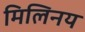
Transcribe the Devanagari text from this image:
मिलिनय